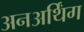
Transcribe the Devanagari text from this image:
अनअर्थिंग